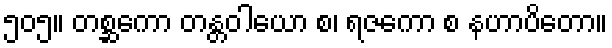
၅၀၅။ တစ္ဆကော တန္တဝါယော စ၊ ရဇကော စ နဟာပိတော။